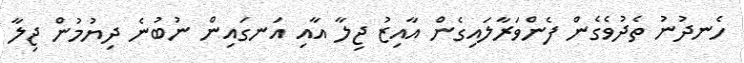
ހެނދުނު ތެދުވެގެން ފެންވަރާލައިގެން އާއިޒު ޖިލާ އާއި އަނގައިން ނުބުނެ ދިޔުމުން ޖިލާ